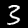
Digit: 3